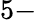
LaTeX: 5-